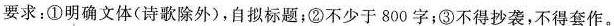
要求：①明确文体(诗歌除外)，自拟标题；②不少于800字；③不得抄袭，不得套作。